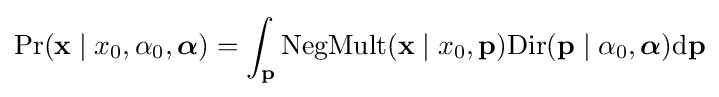
\Pr(\mathbf {x} \mid x_{0},\alpha _{0},{\boldsymbol {\alpha }})=\int _{\mathbf {p} }\mathrm {NegMult} (\mathbf {x} \mid x_{0},\mathbf {p} )\mathrm {Dir} (\mathbf {p} \mid \alpha _{0},{\boldsymbol {\alpha }}){\textrm {d}}\mathbf {p}